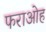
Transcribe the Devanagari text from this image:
फराओह